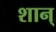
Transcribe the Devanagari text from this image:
शान्